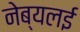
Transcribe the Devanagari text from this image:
नेब्यलई